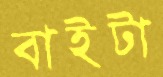
বাইটা